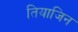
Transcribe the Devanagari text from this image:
तियाजिन